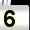
Digit: 5